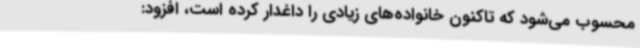
محسوب می‌شود که تاکنون خانواده‌های زیادی را داغدار کرده است، افزود: